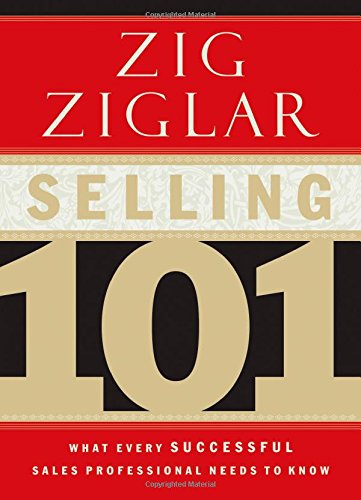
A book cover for Selling 101: What Every Successful Sales Professional Needs to Know; Zig Ziglar; Business & Money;